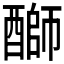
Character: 𫑺